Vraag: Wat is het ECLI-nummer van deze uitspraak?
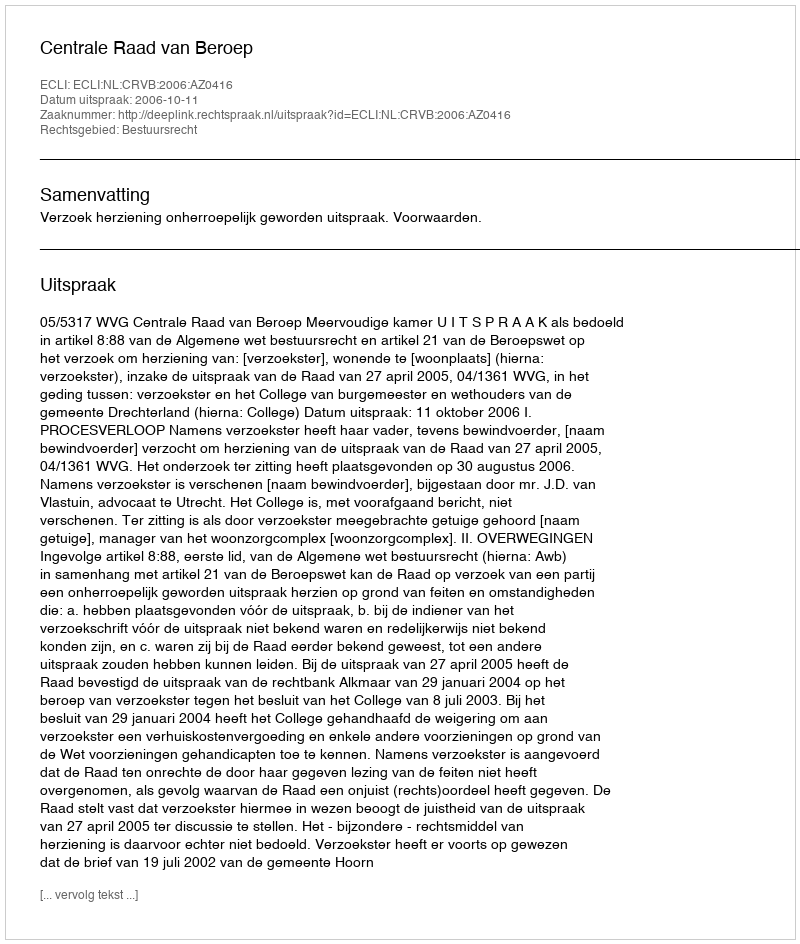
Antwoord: ECLI:NL:CRVB:2006:AZ0416